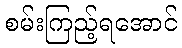
စမ်းကြည့်ရအောင်